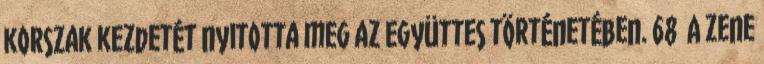
korszak kezdetét nyitotta meg az együttes történetében. 68 A zene